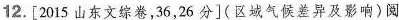
12.[2015山东文综卷，36，26分](区域气候差异及影响)阅